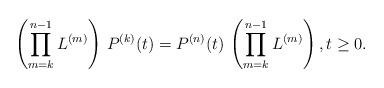
LaTeX: \begin{align*}\left( \prod_{m=k}^{n-1} L^{(m)}\right)\,P^{(k)}(t)=P^{(n)}(t)\,\left(\prod_{m=k}^{n-1} L^{(m)}\right),t\ge0.\end{align*}